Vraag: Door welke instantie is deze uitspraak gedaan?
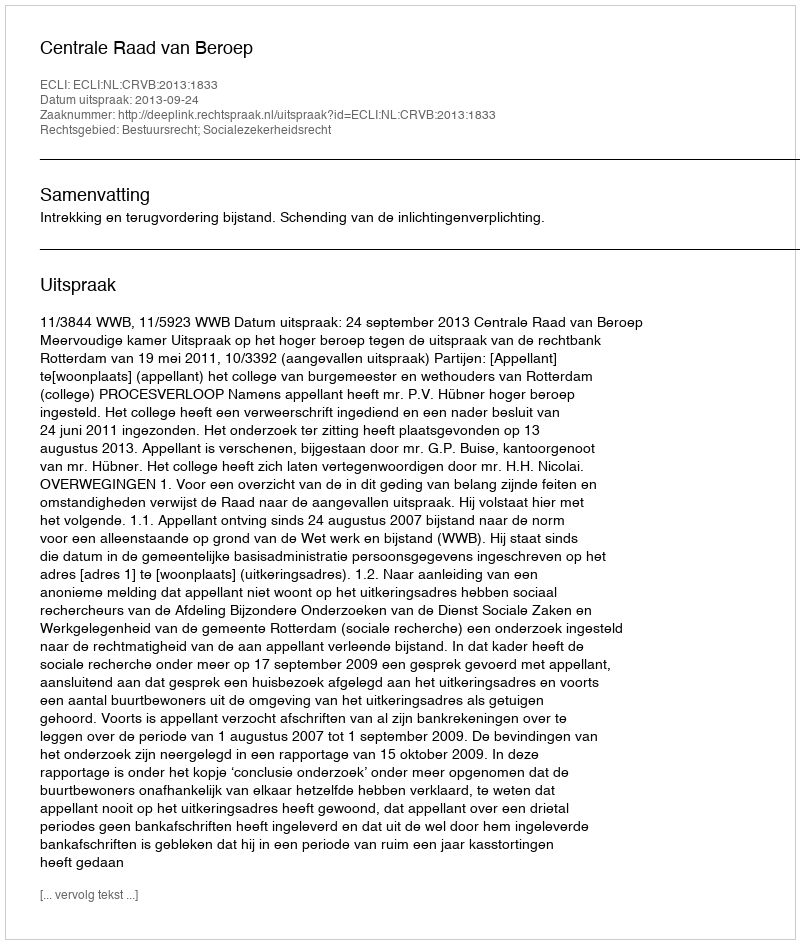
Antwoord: Centrale Raad van Beroep